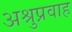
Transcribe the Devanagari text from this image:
अश्रुप्रवाह